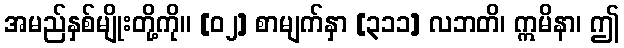
အမည်နှစ်မျိုးတို့ကို။ [၀၂] စာမျက်နှာ [၃၁၁] လဘတိ၊ ဣမိနာ၊ ဤ